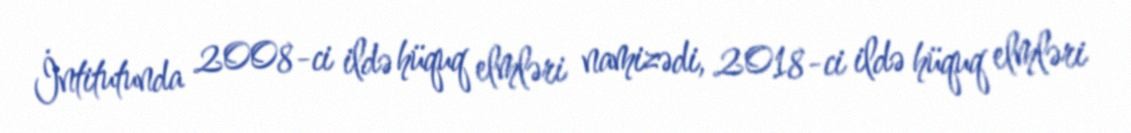
İntitutunda 2008-ci ildə hüquq elmləri namizədi, 2018-ci ildə hüquq elmləri